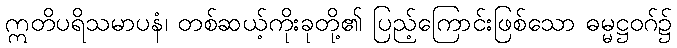
ဣတိပရိသမာပနံ၊ တစ်ဆယ့်ကိုးခုတို့၏ ပြည့်ကြောင်းဖြစ်သော ဓမ္မဋ္ဌဝဂ်၌